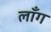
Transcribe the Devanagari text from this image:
लॉँग